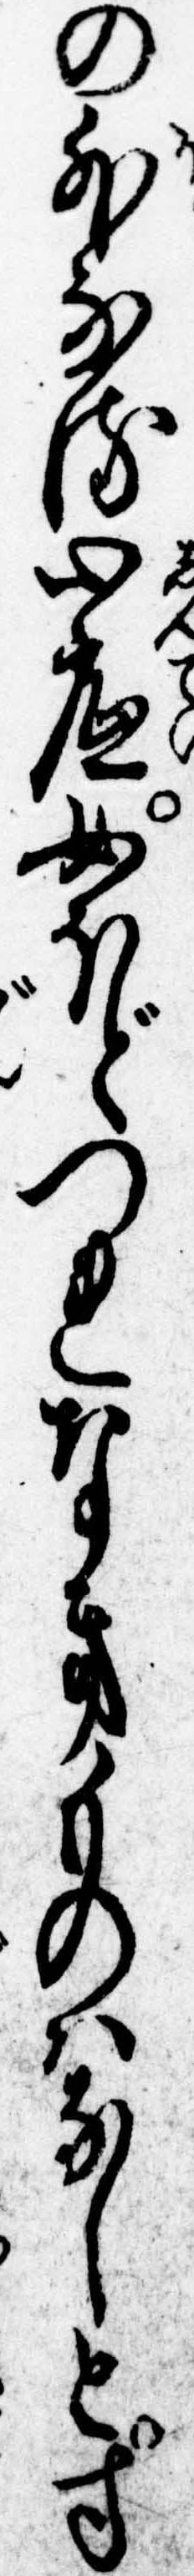
の外なる心底女ほどつれなきものはなしとす